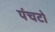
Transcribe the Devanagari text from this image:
पंचटो